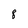
Character: 8